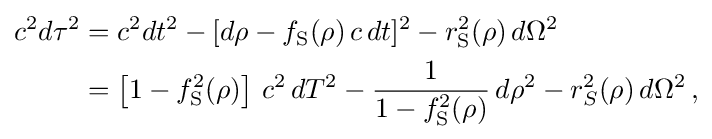
{\begin{aligned}c^{2}d\tau ^{2}&=c^{2}dt^{2}-[d\rho -f_{\text{S}}(\rho )\,c\,dt]^{2}-r_{\text{S}}^{2}(\rho )\,d\Omega ^{2}\\&=\left[1-f_{\text{S}}^{2}(\rho )\right]\,c^{2}\,dT^{2}-{\frac {1}{1-f_{\text{S}}^{2}(\rho )}}\,d\rho ^{2}-r_{S}^{2}(\rho )\,d\Omega ^{2}\,,\end{aligned}}